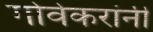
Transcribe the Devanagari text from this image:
गोवेकरांनी